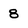
Character: 8